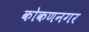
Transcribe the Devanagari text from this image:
कोकणनगर